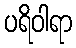
ပရိဝါရာ